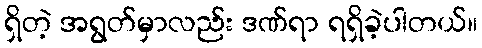
ရှိတဲ့ အရွတ်မှာလည်း ဒဏ်ရာ ရရှိခဲ့ပါတယ်။